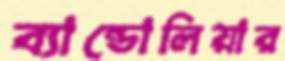
ব্যান্ডোলিয়ার